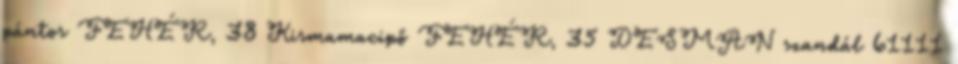
pántos FEHÉR, 38 Kismamacipő FEHÉR, 35 DESMAN szandál 61111